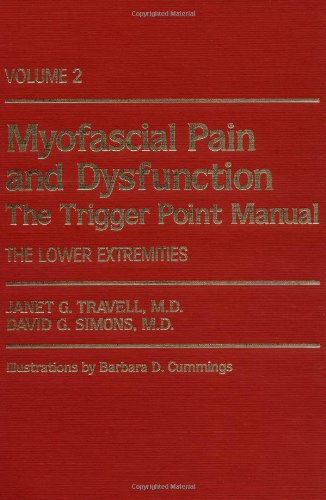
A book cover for Myofascial Pain and Dysfunction: The Trigger Point Manual; Vol. 2., The Lower Extremities; Janet G. Travell; Medical Books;